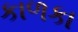
કાળકા